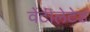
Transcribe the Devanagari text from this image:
वेंटीलेटेड